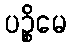
ပဉ္စိမေ